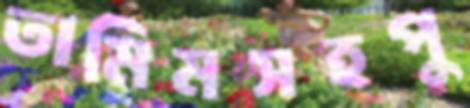
তামিমসহপু